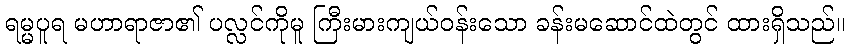
ရမ္မပူရ မဟာရာဇာ၏ ပလ္လင်ကိုမူ ကြီးမားကျယ်ဝန်းသော ခန်းမဆောင်ထဲတွင် ထားရှိသည်။